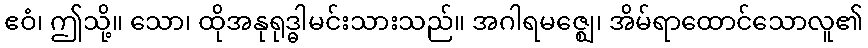
ဧဝံ၊ ဤသို့။ သော၊ ထိုအနုရုဒ္ဓါမင်းသားသည်။ အဂါရမဇ္ဈေ၊ အိမ်ရာထောင်သောလူ၏